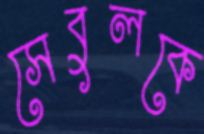
সেবুলকে